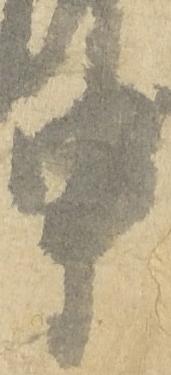
申